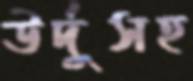
উর্দুসহ